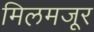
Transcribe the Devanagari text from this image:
मिलमजूर